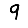
Digit: 9